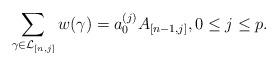
LaTeX: \begin{align*}\sum_{\gamma\in\mathcal{L}_{[n,j]}}w(\gamma)=a_{0}^{(j)} A_{[n-1,j]},0\leq j\leq p.\end{align*}